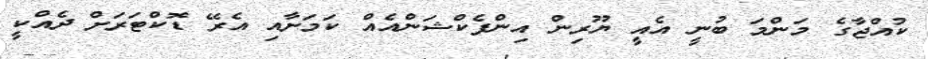
ކުއްޖާގެ މަންމަ ބުނީ އެއީ ޔޫރިން އިންފެކްޝަންއެއް ކަމަށާއި އެރޭ ޑޮކްޓަރަށް ދެއްކީ